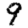
Digit: 9